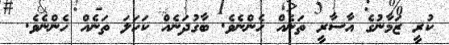
ކުރީ ޒަމާނުގެ އާސާރީ ތަނެއް ހެންނެވެ. ބާގުދަނެއް ކަހަލަ ތަނެއް ހެންނެވެ.